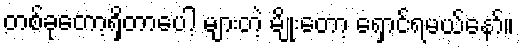
တစ်ခုတော့ရှိတာပေါ့ များတဲ့ မျိုးတော့ ရှောင်ရမယ်နော်။